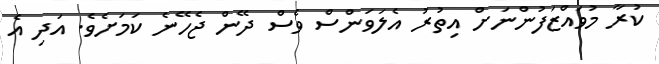
ކުރާ މުވައްޒަފުންނަށް އިތުރު އެލަވަންސް ވެސް ދޭން ޖެހޭނެ ކަމަށެވެ. އަދި އެ